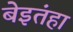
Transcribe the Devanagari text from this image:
बेइतंहा